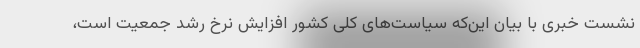
نشست خبری با بیان این‌که سیاست‌های کلی کشور افزایش نرخ رشد جمعیت است،